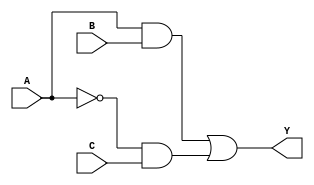
module simplified_logic (
    input wire A,  // Input A
    input wire B,  // Input B
    input wire C,  // Input C
    output wire Y  // Output Y
);

// Internal signals
wire not_A;      // NOT A
wire and1;      // Intermediate AND gate output (A AND B)
wire and2;      // Intermediate AND gate output (NOT A AND C)

// Logic implementation
not u1(not_A, A);          // NOT gate to obtain NOT A
and u2(and1, A, B);       // AND gate for A AND B
and u3(and2, not_A, C);   // AND gate for NOT A AND C
or u4(Y, and1, and2);     // OR gate for final output

endmodule